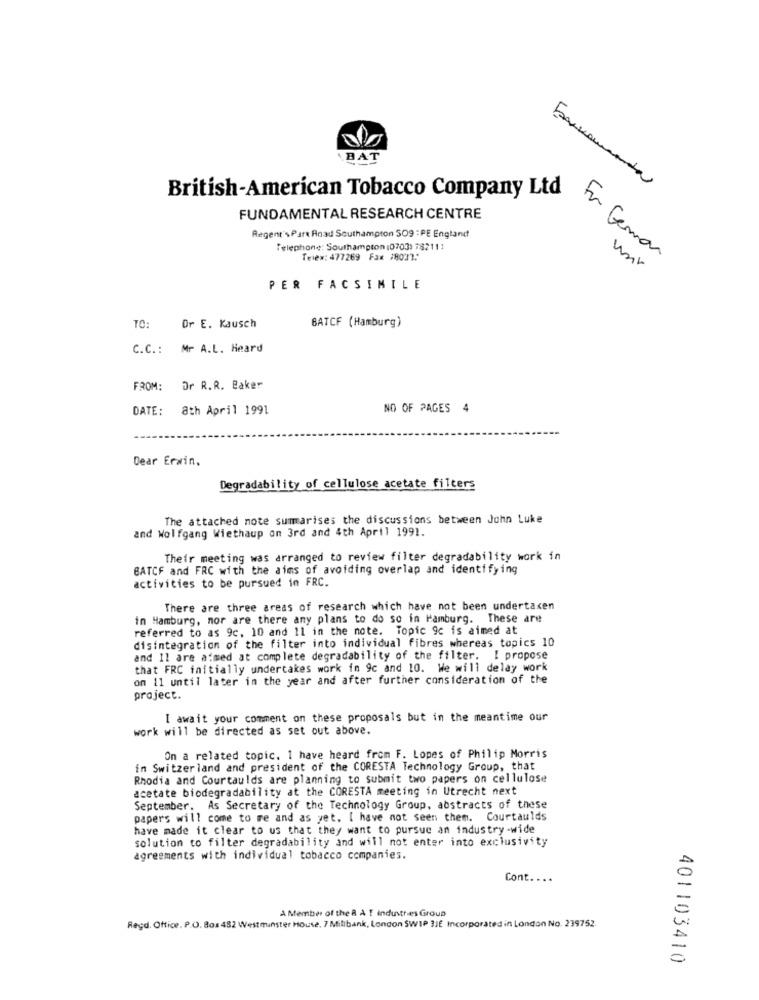
BAT
Erenamanda
British-American Tobacco Company Ltd
FUNDAMENTAL RESEARCH CENTRE
Regent'sPart Road Southampton 509 : PE England
Telephone: Southampton :0703) 782111
Telex: 477269 Fax #8032:
For German
PER FACSIMILE
TO:
Or E. Kausch
BATCF (Hamburg)
C.C .: Mr A.L. Heard
FROM: Dr R.R. Baker
DATE:
8th April 1991
NO OF PAGES 4
Dear Erwin,
Degradability of cellulose acetate filters
The attached note sumarises the discussions between John Luke
and Wolfgang Wiethaup on 3rd and 4th April 1991.
Their meeting was arranged to review filter degradability work in
BATCF and FRC with the aims of avoiding overlap and identifying
activities to be pursued in FRC.
There are three areas of research which have not been undertaken
in Hamburg, mor are there any plans to do so in Hamburg. These are
referred to as 9c, 10 and 11 in the note. Topic 9c is aimed at
disintegration of the filter into individual fibres whereas topics 10
and Il are aimed at complete degradability of the filter. I propose
that FRC initially undertakes work in 9c and 10. We will delay work
on 11 until later in the year and after further consideration of the
project.
I await your comment on these proposals but in the meantime our
work will be directed as set out above.
On a related topic. 1 have heard from F. Lopes of Philip Morris
in Switzerland and president of the CORESTA Technology Group, that
Rhodia and Courtaulds are planning to submit two papers on cellulose
acetate biodegradability at the CORESTA meeting in Utrecht next
September. As Secretary of the Technology Group, abstracts of these
papers will come to me and as yet. I have not seen them. Courtaulds
have made it clear to us that they want to pursue an industry -wide
solution to filter degradability and will not enter into exclusivity
agreements with individual tobacco companies.
Cont ..
A Member of the & A T industries Group
Regd. Office. P.O. Box482 Westminster House, 7 Millbank, London SWIP 3JE Incorporated in London No. 239752.
401103410